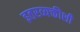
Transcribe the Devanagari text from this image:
इतरव्यक्तीशी